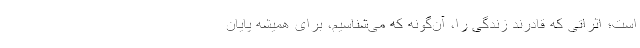
است؛ اثراتی که قادرند زندگی را، آن‌گونه که می‌شناسیم، برای همیشه پایان